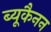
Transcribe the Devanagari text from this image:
ब्यूकैनन